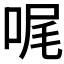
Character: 𠳿